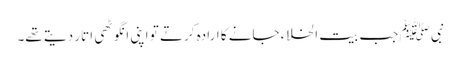
نبی ﷺ جب بیت الخلاء جانے کا ارادہ کرتے تو اپنی انگوٹھی اتار دیتے تھے۔